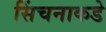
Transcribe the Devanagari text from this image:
सिंचनाकडे